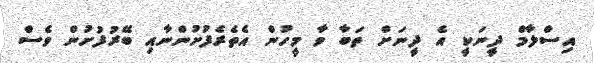
އިސްލާމް ދީނަކީ އެ ދީނަށް ތަބާ ވާ މީހުން އެތެރެފުށުންނާއި ބޭރުފުށުން ވެސް